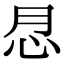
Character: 𢗯